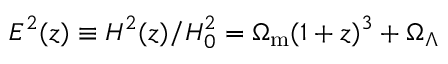
E ^ { 2 } ( z ) \equiv H ^ { 2 } ( z ) / H _ { 0 } ^ { 2 } = \Omega _ { \mathrm { m } } ( 1 + z ) ^ { 3 } + \Omega _ { \Lambda }